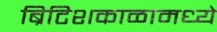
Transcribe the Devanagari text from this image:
ब्रिटिशकाळामध्ये